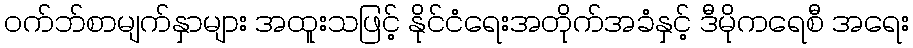
ဝက်ဘ်စာမျက်နှာများ အထူးသဖြင့် နိုင်ငံရေးအတိုက်အခံနှင့် ဒီမိုကရေစီ အရေး